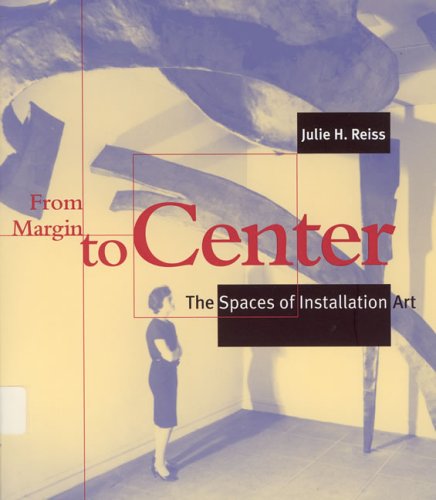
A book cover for From Margin to Center: The Spaces of Installation Art; Julie H. Reiss; Arts & Photography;